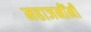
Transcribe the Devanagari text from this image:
महाजनींनी